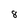
Character: 8